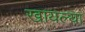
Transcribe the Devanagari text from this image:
खायल्या